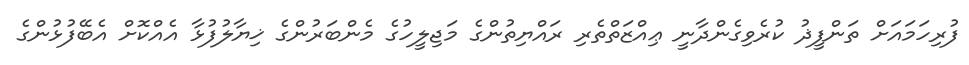
ފުރިހަމައަށް ތަންފީޛު ކުރެވިގެންދާނީ ޢިއްޒަތްތެރި ރައްޔިތުންގެ މަޖިލީހުގެ މެންބަރުންގެ ޚިޔާލުފުޅާ އެއްކޮށް އެބޭފުޅުންގެ